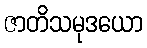
ဇာတိသမုဒယော